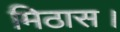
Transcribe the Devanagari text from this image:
मिठास।